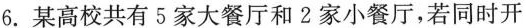
6.某高校共有5家大餐厅和2家小餐厅，若同时开